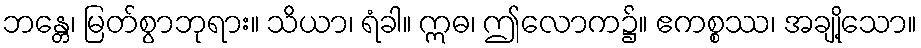
ဘန္တေ၊ မြတ်စွာဘုရား။ သိယာ၊ ရံခါ။ ဣဓ၊ ဤလောက၌။ ဧကစ္စဿ၊ အချို့သော။